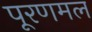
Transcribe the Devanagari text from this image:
पूरणमल